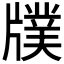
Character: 𤗵